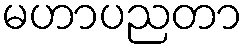
မဟာပညတာ